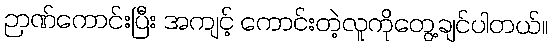
ဉာဏ်ကောင်းပြီး အကျင့် ကောင်းတဲ့လူကိုတွေ့ချင်ပါတယ်။